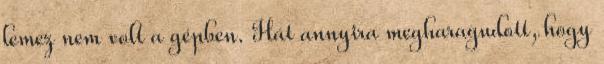
lemez nem volt a gépben. Hát annyira megharagudott, hogy